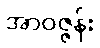
အာဝဇ္ဇန်း